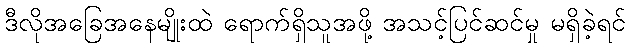
ဒီလိုအခြေအနေမျိုးထဲ ရောက်ရှိသူအဖို့ အသင့်ပြင်ဆင်မှု မရှိခဲ့ရင်